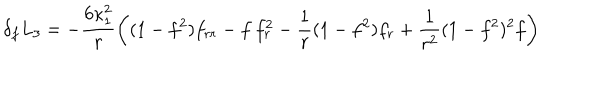
\delta _ { f } L _ { 3 } = - \frac { 6 \kappa _ { 1 } ^ { 2 } } { r } \left( ( 1 - f ^ { 2 } ) f _ { r r } - f \: f _ { r } ^ { 2 } - \frac { 1 } { r } ( 1 - f ^ { 2 } ) f _ { r } + \frac { 1 } { r ^ { 2 } } ( 1 - f ^ { 2 } ) ^ { 2 } f \right)